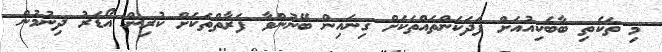
މި ތަކެތި ބާބެކިއުއަށް ފަދަކަންތައްތަކަށް ގިނައިން ބޭނުންވާ ފަރާތްތަކަށް ކުރިން އޯޑަރު ދިނުމުން